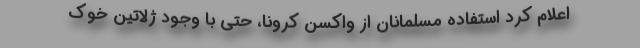
اعلام کرد استفاده مسلمانان از واکسن کرونا، حتی با وجود ژلاتین خوک